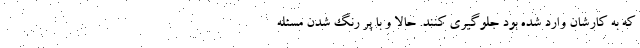
که به کارشان وارد شده بود جلوگیری کنند. حالا و با پر رنگ شدن مسئله